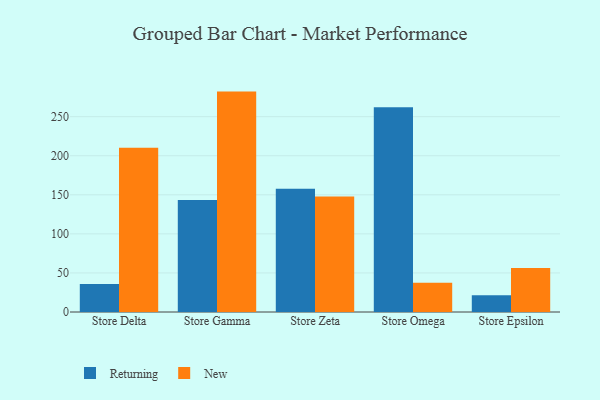
{"axis": {"x": "Store", "y": "Production Output"}, "legend": ["New", "Returning"], "data": [{"x": "Store Delta", "y": 35.9, "type": "Returning"}, {"x": "Store Delta", "y": 210.2, "type": "New"}, {"x": "Store Gamma", "y": 143.4, "type": "Returning"}, {"x": "Store Gamma", "y": 282.1, "type": "New"}, {"x": "Store Zeta", "y": 157.6, "type": "Returning"}, {"x": "Store Zeta", "y": 147.9, "type": "New"}, {"x": "Store Omega", "y": 262.0, "type": "Returning"}, {"x": "Store Omega", "y": 37.3, "type": "New"}, {"x": "Store Epsilon", "y": 21.4, "type": "Returning"}, {"x": "Store Epsilon", "y": 56.2, "type": "New"}]}